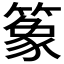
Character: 𫂤